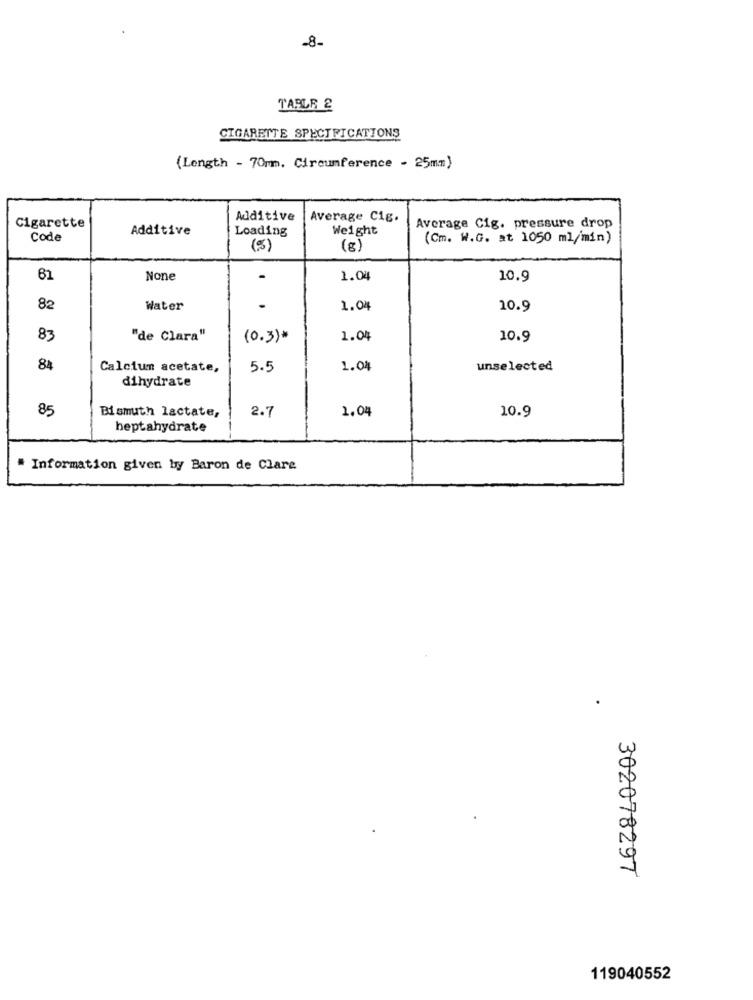
-8-
TABLE 2
CIGARETTE SPECIFICATIONS
(Length - 70mm. Circumference - 25mm)
Cigarette
Additive
Average C1g.
Additive
Loading
Weight
Average Cig. pressure drop
Code
(Cm. W.G. at 1050 ml/min)
(5)
(g)
61
-
1.04
10.9
82
Water
-
1.04
10.9
83
"de Clara"
(0.3)*
1.04
10.9
84
Calcium acetate,
5.5
1.04
unselected
dihydrate
85
Bismuth lactate,
2.7
1,04
10.9
heptahydrate
# Information given by Baron de Clare
302078297
119040552